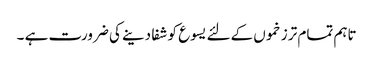
تاہم تمام تر زخموں کےلئے یسوع کو شفا دینے کی ضرورت ہے ۔